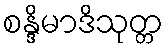
စန္ဒိမာဒိသုတ္တ